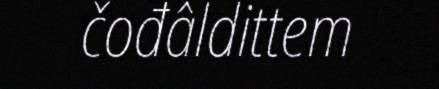
čođâldittem